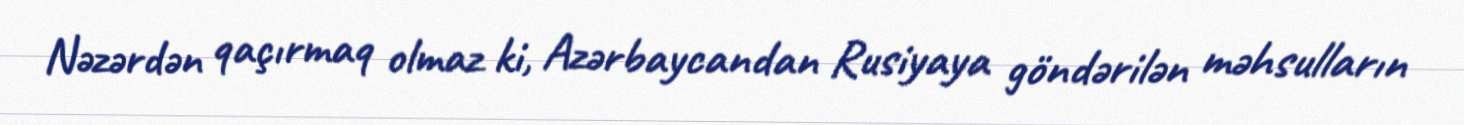
Nəzərdən qaçırmaq olmaz ki, Azərbaycandan Rusiyaya göndərilən məhsulların